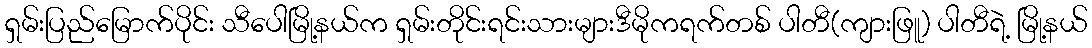
ရှမ်းပြည်မြောက်ပိုင်း သီပေါမြို့နယ်က ရှမ်းတိုင်းရင်းသားများဒီမိုကရက်တစ် ပါတီ(ကျားဖြူ) ပါတီရဲ့ မြို့နယ်